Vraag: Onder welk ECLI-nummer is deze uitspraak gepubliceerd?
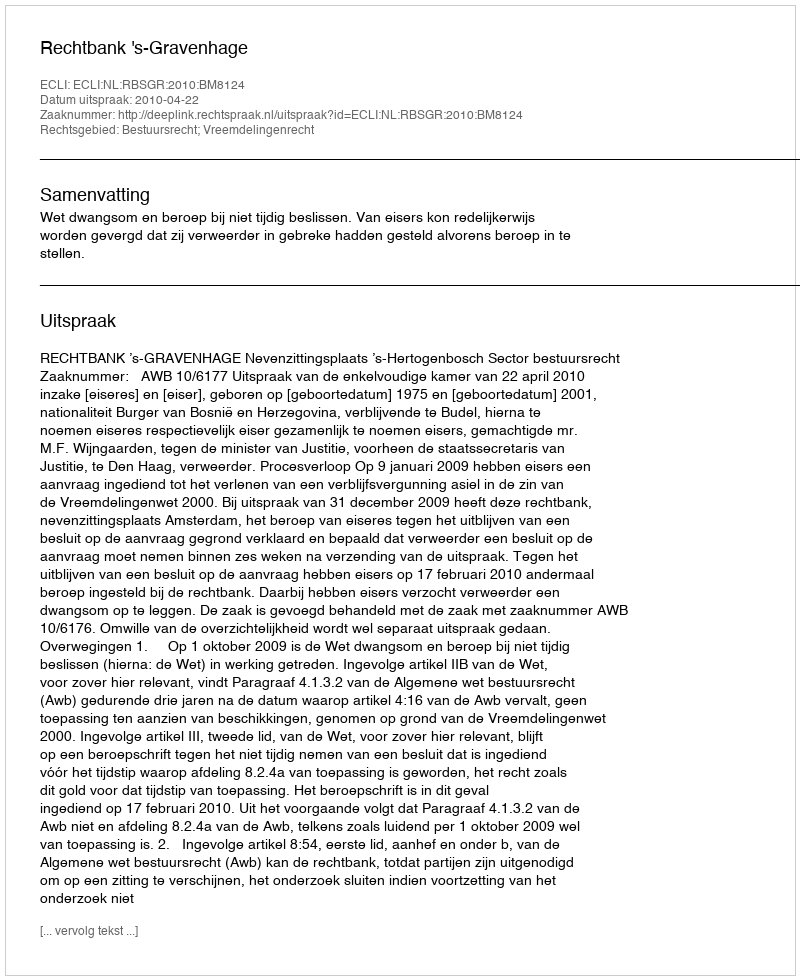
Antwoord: ECLI:NL:RBSGR:2010:BM8124